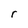
Character: r